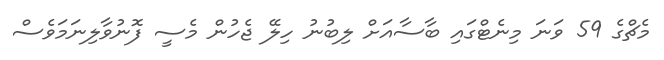
މެޗްގެ 59 ވަނަ މިނެޓްގައި ބާސާއަށް ލިބުނު ހިލޭ ޖެހުން މެސީ ފޮނުވާލިނަމަވެސް